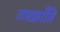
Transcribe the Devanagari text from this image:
जनक्राँति